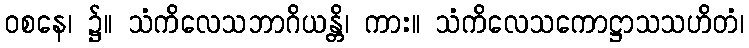
ဝစနေ၊ ၌။ သံကိလေသဘာဂိယန္တိ၊ ကား။ သံကိလေသကောဋ္ဌာသသဟိတံ၊